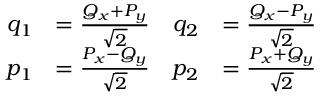
{ \begin{array} { r l r l } { q _ { 1 } } & { = { \frac { Q _ { x } + P _ { y } } { \sqrt { 2 } } } } & { q _ { 2 } } & { = { \frac { Q _ { x } - P _ { y } } { \sqrt { 2 } } } } \\ { p _ { 1 } } & { = { \frac { P _ { x } - Q _ { y } } { \sqrt { 2 } } } } & { p _ { 2 } } & { = { \frac { P _ { x } + Q _ { y } } { \sqrt { 2 } } } } \end{array} }